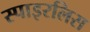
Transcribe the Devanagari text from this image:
स्पाइरलिस